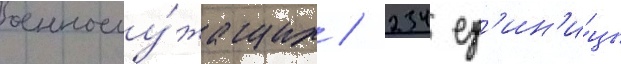
военнослу́жащих / 234 ед'ин'и́цы